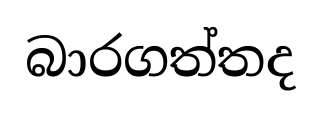
බාරගත්තද